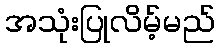
အသုံးပြုလိမ့်မည်